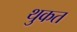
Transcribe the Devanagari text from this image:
थुकत